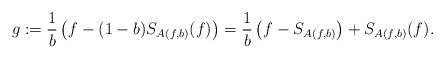
\begin{align*}g:=\frac{1}{b}\left(f-(1-b)S_{A(f,b)}(f)\right)=\frac{1}{b} \left( f-S_{A(f,b)}\right)+ S_{A(f,b)}(f).\end{align*}